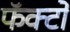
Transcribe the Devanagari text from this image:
फॅक्टो